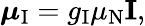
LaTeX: {\boldsymbol{\mu}}_{\mathrm{I}}=g_{\mathrm{I}}\mu_{\mathrm{N}}\mathbf{I},